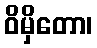
ဝိမှိတော၊